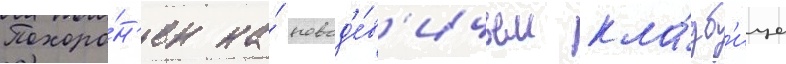
Похоро́н'ен на́ новод'е́в'ичьем кла́дб'ище